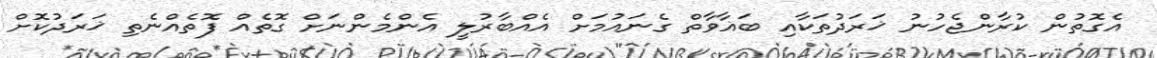
އެގޮތުން ކުރާންޖެހުނު ޚަރަދުތަކާއި ބަޣާވާތް ގެނައުމަށް އެއްބާރުލީ އެންމެންނަށް ގޮތެއް ފޮތެއްނެތި ޚަރަދުކޮށް